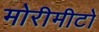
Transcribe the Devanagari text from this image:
मोरीमीटो